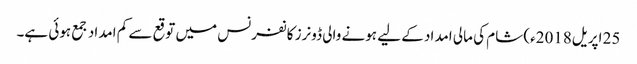
25 اپریل2018ء) شام کی مالی امداد کے لیے ہونے والی ڈونرز کانفرنس میں توقع سے کم امداد جمع ہوئی ہے۔